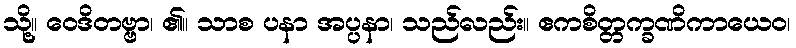
သို့။ ဝေဒိတဗ္ဗာ၊ ၏။ သာစ ပနာ အပ္ပနာ၊ သည်လည်း။ ဧကစိတ္တက္ခဏိကာယေဝ၊